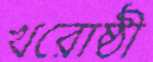
খরোষ্ঠী